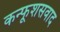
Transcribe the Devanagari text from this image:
कन्फूशसवाद